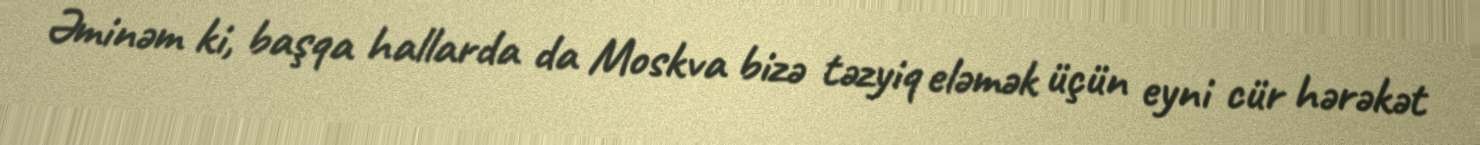
Əminəm ki, başqa hallarda da Moskva bizə təzyiq eləmək üçün eyni cür hərəkət